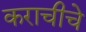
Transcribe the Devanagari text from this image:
कराचीचे